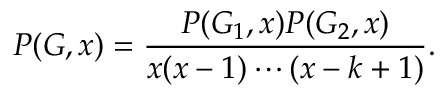
P ( G , x ) = { \frac { P ( G _ { 1 } , x ) P ( G _ { 2 } , x ) } { x ( x - 1 ) \cdots ( x - k + 1 ) } } .